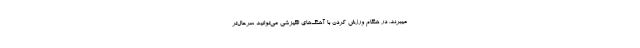
میبرند. در هنگام ورزش کردن با آهنگ‌های انگیزشی می‌توانید سرحال‌تر